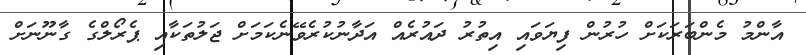
އާންމު މެންބަރަކަށް ހުރުން ފިޔަވައި އިތުރު ދައުރެއް އަދާނުކުރެވޭނެކަމަށް ޖަލުތަކާއި ޕެރޯލްގެ ގާނޫނަށް